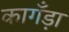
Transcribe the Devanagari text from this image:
कागँड़ा